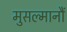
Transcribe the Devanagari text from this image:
मुसल्मानौं